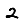
Digit: 2